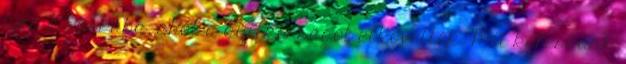
újra a szobába, ahol a gyilkosságot elkövették. Mit keressünk